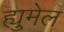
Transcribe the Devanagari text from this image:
ह्युमेल